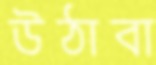
উঠাবা